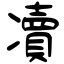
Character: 凟